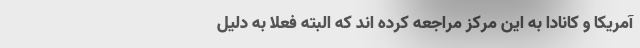
آمریکا و کانادا به این مرکز مراجعه کرده اند که البته فعلا به دلیل